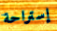
إستراحة